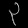
Digit: ၃